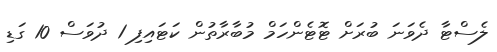
ލެސްޓާ ދެވަނަ ބުރަށް ޓޮޓެންހަމް މުބާރާތުން ކަޓައިފި 1 ދުވަސް 10 ގަޑި